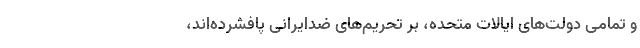
و تمامی دولت‌های ایالات متحده، بر تحریم‌های ضدایرانی پافشرده‌اند،